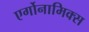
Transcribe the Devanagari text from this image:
एर्गोनामिक्स